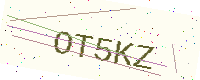
Text: OT5KZ